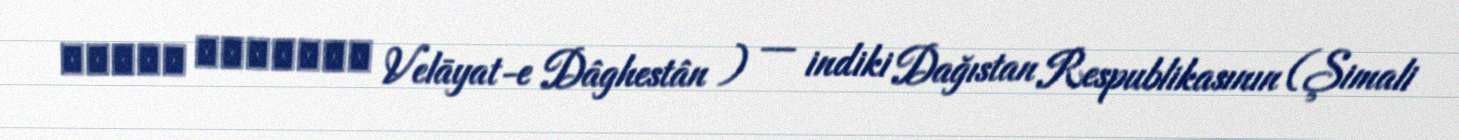
ولایت داغستان Velāyat-e Dâghestân ) — indiki Dağıstan Respublikasının (Şimali